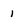
Character: 1